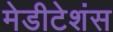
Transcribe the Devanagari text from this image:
मेडीटेशंस